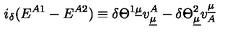
i _ { \delta } ( E ^ { A 1 } - E ^ { A 2 } ) \equiv \delta { \Theta } ^ { 1 \underline { { \mu } } } v _ { \underline { { \mu } } } ^ { A } - \delta { \Theta } _ { \underline { { \mu } } } ^ { 2 } v _ { A } ^ { \underline { { \mu } } }